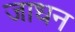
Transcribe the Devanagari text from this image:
जाधन